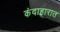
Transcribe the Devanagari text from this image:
कंदाहारात